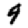
Digit: 9